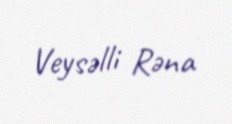
Veysəlli Rəna